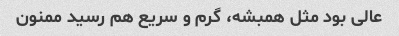
عالی بود مثل همبشه، گرم و سریع هم رسید ممنون